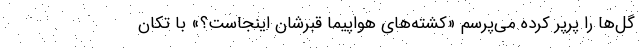
گل‌ها را پرپر کرده می‌پرسم «کشته‌های هواپیما قبرشان اینجاست؟» با تکان